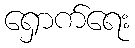
ရှောက်ရေး